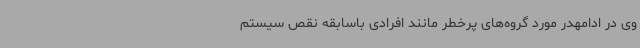
وی در ادامهدر مورد گروه‌های پرخطر مانند افرادی باسابقه نقص سیستم